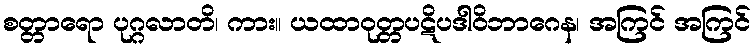
စတ္တာရော ပုဂ္ဂလာတိ၊ ကား။ ယထာဝုတ္တပဋိပဒါဝိဘာဂေန၊ အကြင် အကြင်